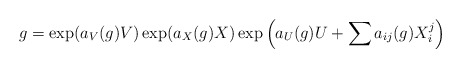
\begin{align*}g = \exp(a_V(g)V) \exp(a_X(g)X)\exp\left( a_U(g)U + \sum a_{ij}(g) X_i^j\right)\end{align*}